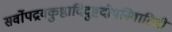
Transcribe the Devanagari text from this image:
सर्वोपद्रवकुष्ठादिदुष्टदोषनिवारिणी